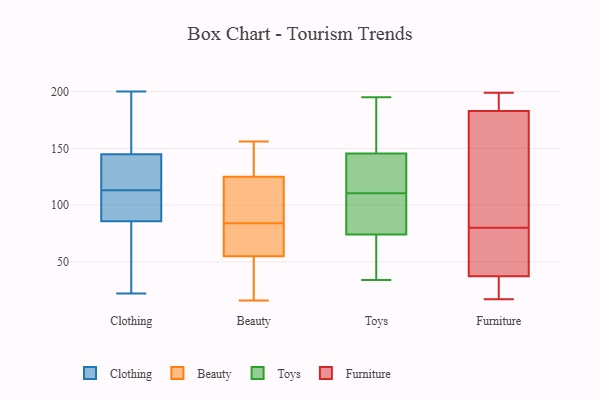
{"axis": {"x": "Customer Acquisition Cost (USD)", "y": "Value"}, "legend": ["Beauty", "Clothing", "Furniture", "Toys"], "data": [{"x": "", "y": 112, "type": "Clothing"}, {"x": "", "y": 22, "type": "Clothing"}, {"x": "", "y": 113, "type": "Clothing"}, {"x": "", "y": 103, "type": "Clothing"}, {"x": "", "y": 113, "type": "Clothing"}, {"x": "", "y": 170, "type": "Clothing"}, {"x": "", "y": 162, "type": "Clothing"}, {"x": "", "y": 126, "type": "Clothing"}, {"x": "", "y": 25, "type": "Clothing"}, {"x": "", "y": 200, "type": "Clothing"}, {"x": "", "y": 34, "type": "Clothing"}, {"x": "", "y": 139, "type": "Clothing"}, {"x": "", "y": 115, "type": "Clothing"}, {"x": "", "y": 83, "type": "Beauty"}, {"x": "", "y": 126, "type": "Beauty"}, {"x": "", "y": 107, "type": "Beauty"}, {"x": "", "y": 81, "type": "Beauty"}, {"x": "", "y": 156, "type": "Beauty"}, {"x": "", "y": 85, "type": "Beauty"}, {"x": "", "y": 61, "type": "Beauty"}, {"x": "", "y": 33, "type": "Beauty"}, {"x": "", "y": 108, "type": "Beauty"}, {"x": "", "y": 16, "type": "Beauty"}, {"x": "", "y": 37, "type": "Beauty"}, {"x": "", "y": 125, "type": "Beauty"}, {"x": "", "y": 55, "type": "Beauty"}, {"x": "", "y": 125, "type": "Beauty"}, {"x": "", "y": 109, "type": "Toys"}, {"x": "", "y": 160, "type": "Toys"}, {"x": "", "y": 142, "type": "Toys"}, {"x": "", "y": 85, "type": "Toys"}, {"x": "", "y": 140, "type": "Toys"}, {"x": "", "y": 79, "type": "Toys"}, {"x": "", "y": 63, "type": "Toys"}, {"x": "", "y": 85, "type": "Toys"}, {"x": "", "y": 149, "type": "Toys"}, {"x": "", "y": 195, "type": "Toys"}, {"x": "", "y": 117, "type": "Toys"}, {"x": "", "y": 69, "type": "Toys"}, {"x": "", "y": 112, "type": "Toys"}, {"x": "", "y": 34, "type": "Toys"}, {"x": "", "y": 36, "type": "Toys"}, {"x": "", "y": 101, "type": "Toys"}, {"x": "", "y": 135, "type": "Toys"}, {"x": "", "y": 165, "type": "Toys"}, {"x": "", "y": 171, "type": "Toys"}, {"x": "", "y": 63, "type": "Toys"}, {"x": "", "y": 38, "type": "Furniture"}, {"x": "", "y": 188, "type": "Furniture"}, {"x": "", "y": 156, "type": "Furniture"}, {"x": "", "y": 183, "type": "Furniture"}, {"x": "", "y": 183, "type": "Furniture"}, {"x": "", "y": 199, "type": "Furniture"}, {"x": "", "y": 17, "type": "Furniture"}, {"x": "", "y": 35, "type": "Furniture"}, {"x": "", "y": 80, "type": "Furniture"}, {"x": "", "y": 42, "type": "Furniture"}, {"x": "", "y": 52, "type": "Furniture"}, {"x": "", "y": 96, "type": "Furniture"}, {"x": "", "y": 30, "type": "Furniture"}]}